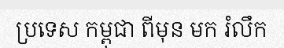
ប្រទេស កម្ពុជា ពីមុន មក រំលឹក